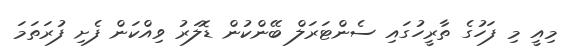
މިއީ މި ފަހުގެ ތާރީހުގައި ސެންޓަރަލް ބޭންކުން ޑޮލަރު ވިއްކަން ފެށި ފުރަތަމަ